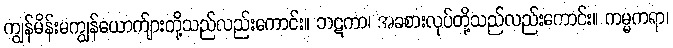
ကျွန်မိန်းမကျွန်ယောက်ျားတို့သည်လည်းကောင်း။ ဘဋကာ၊ အခစားလုပ်တို့သည်လည်းကောင်း။ ကမ္မကရာ၊